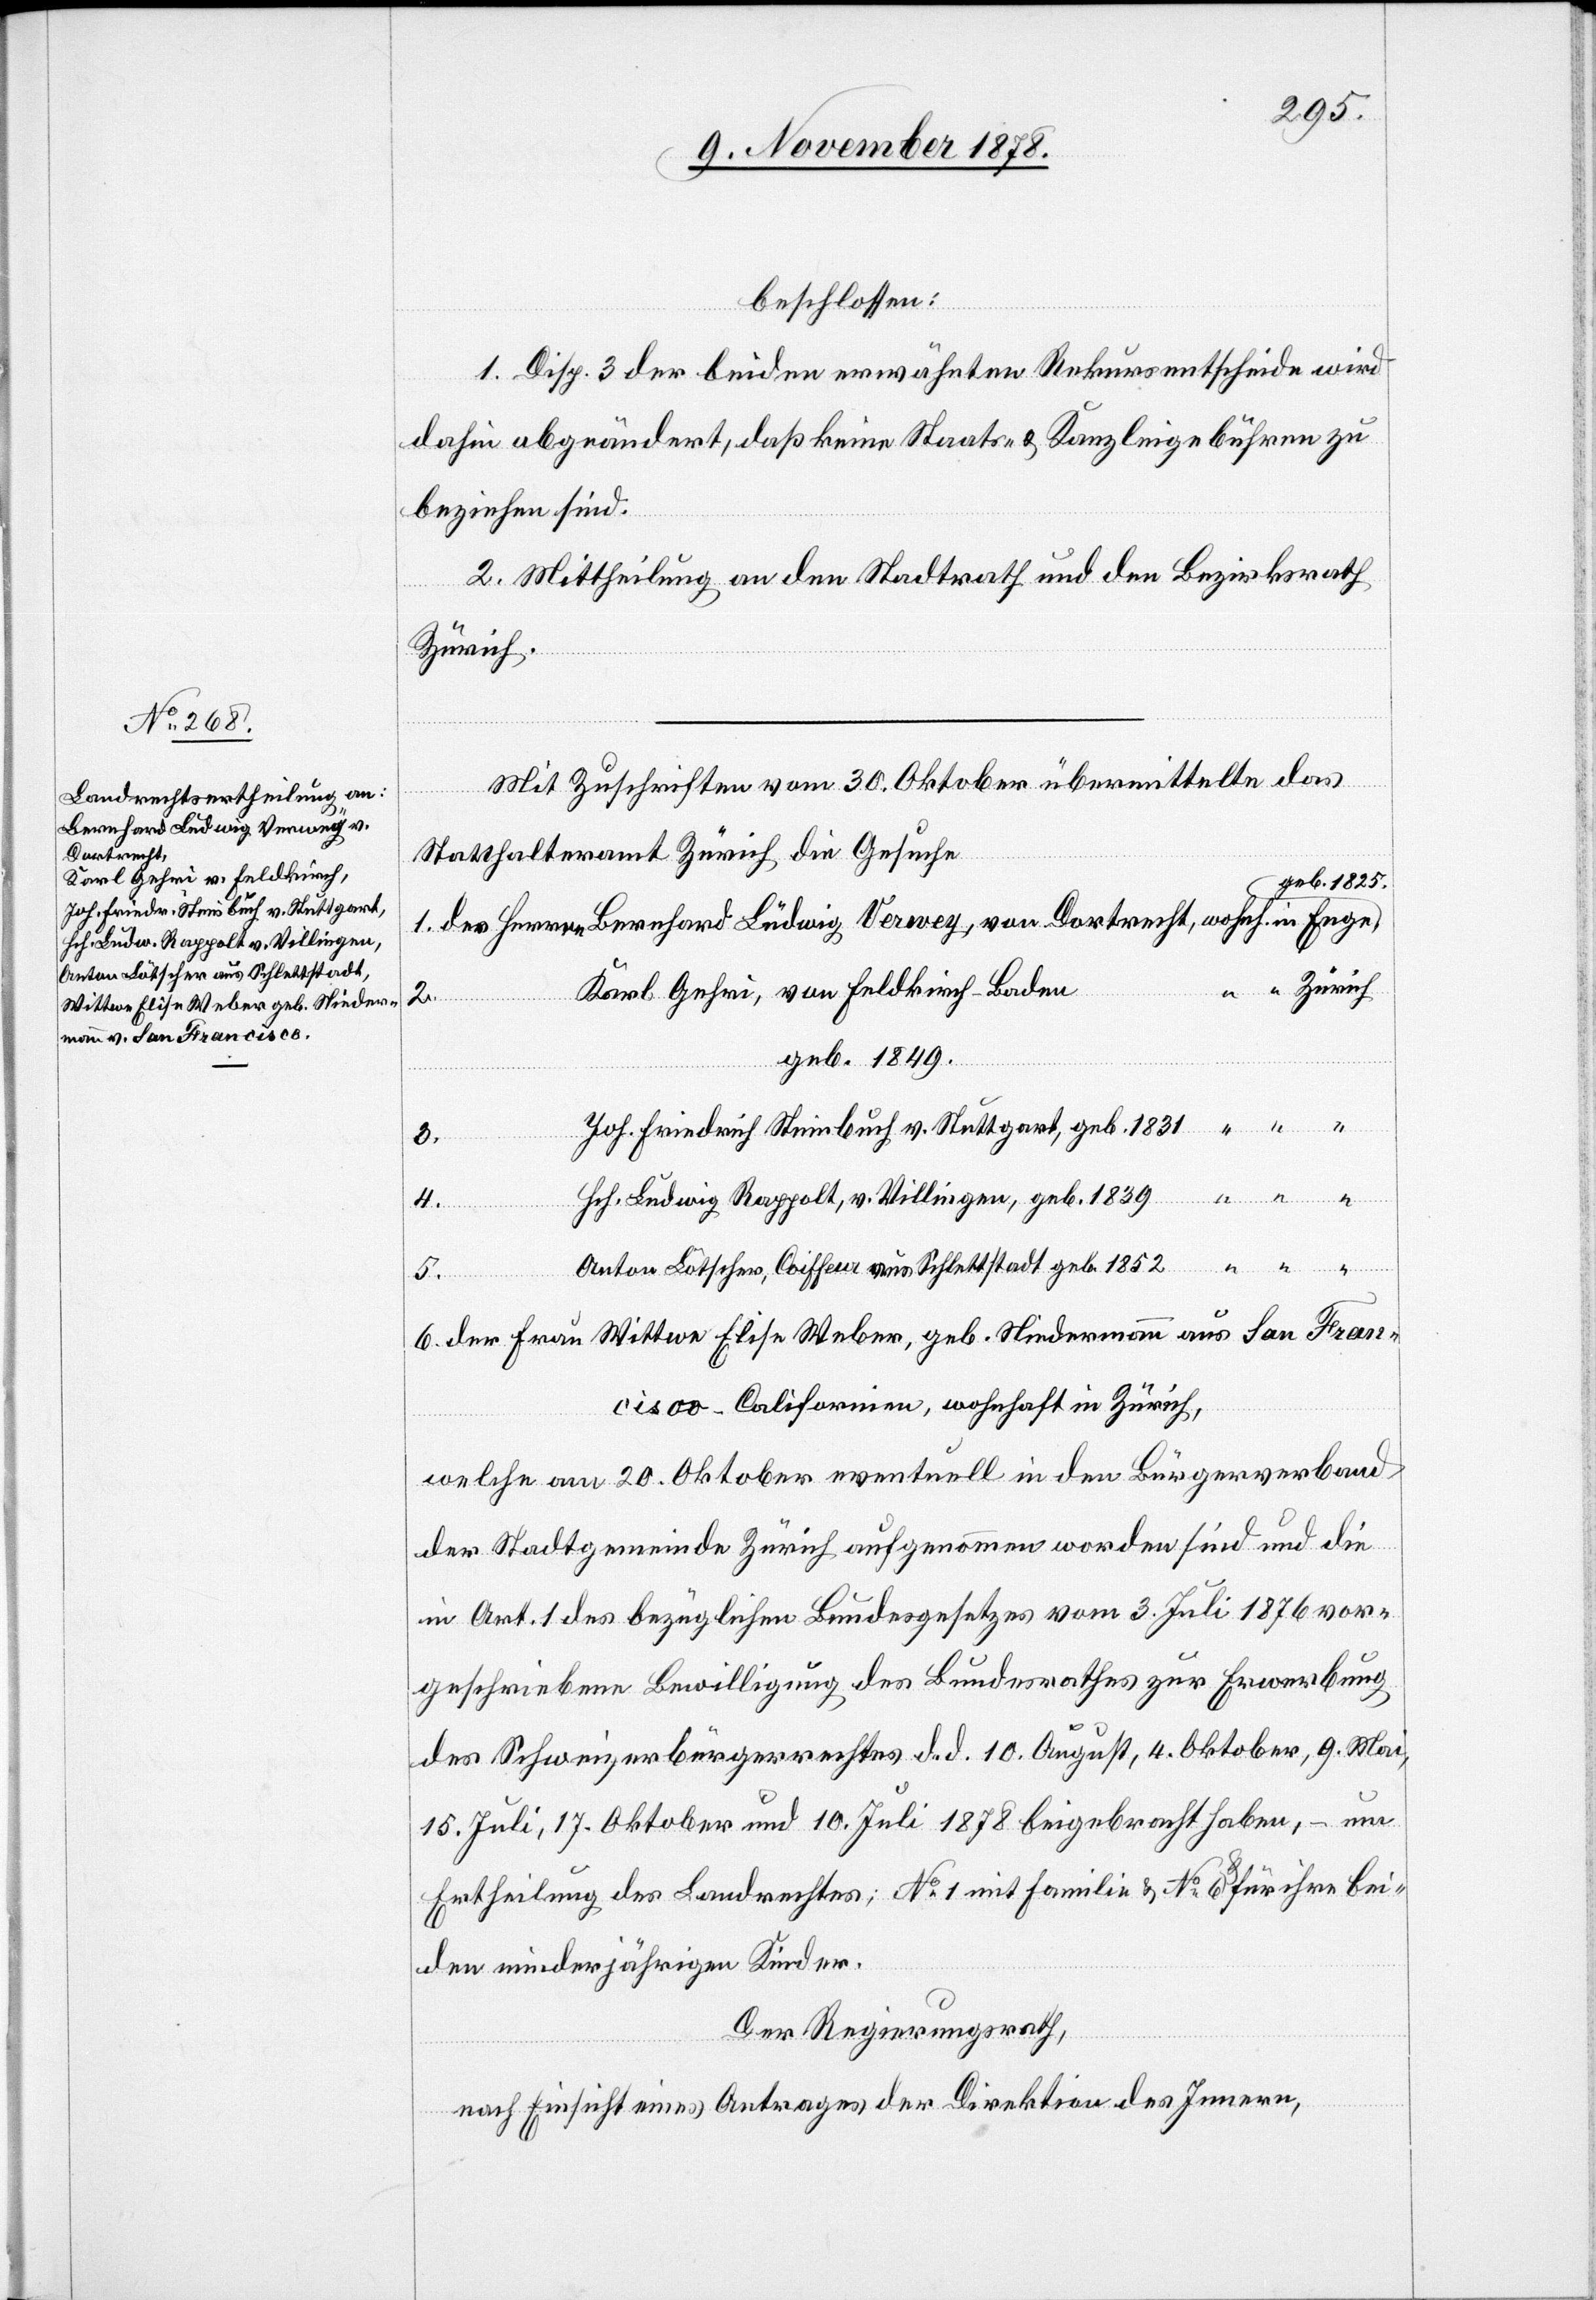
Bernhard Ludwig Verwey, von
Dortrecht,
Wittwe Elise Weber, geb. Nieder¬

beschlossen:
1. Disp. 3 der beiden erwähnten Rekursentscheide wird
dahin abgeändert, daß keine Staats- & Kanzleigebühren zu
beziehen sind.
2. Mittheilung an den Stadtrath und den Bezirksrath
der Frau
Zürich]
Mit Zuschriften vom 30. Oktober übermittelte das
mann aus San
Statthalteramt Zürich die Gesuche
Karl Gehri, von Feldkirch - Baden,
2.
geb. 1849.
Joh. Friedrich Steinbuch, v. Stuttgart, geb. 1831
3.
Hch. Ludwig Rappolt, v. Villingen, geb. 1839
“
4.
Anton Lötscher, Coiffeur aus Schlettstadt, geb. 1852 “ “ “
Fran¬
6.
cisco - Californien, wohnhaft in Zürich
welche am 20. Oktober eventuell in den Bürgerverband
der Stadtgemeinde Zürich aufgenommen worden sind und die
in Art. 1 des bezüglichen Bundesgesetzes vom 3. Juli 1876 vor¬
geschriebene Bewilligung des Bundesrathes zur Erwerbung
des Schweizerbürgerrechtes d. d. 10. August, 4. Oktober, 9. Mai,
15. Juli, 17. Oktober und 10. Juli 1878 beigebracht haben, – um
Ertheilung des Landrechtes; No 1 mit Familie & No 6 & für ihre bei¬
den minderjährigen Kinder.
Der Regierungsrath,
nach Einsicht eines Antrages der Direktion des Innern,